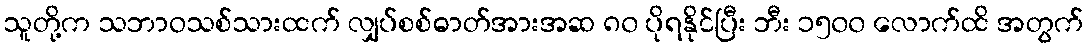
သူတို့က သဘာဝသစ်သားထက် လျှပ်စစ်ဓာတ်အားအဆ ၈၀ ပိုရနိုင်ပြီး ဘီး ၁၅၀၀ လောက်ထိ အတွက်